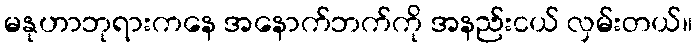
မနုဟာဘုရားကနေ အနောက်ဘက်ကို အနည်းငယ် လှမ်းတယ်။